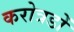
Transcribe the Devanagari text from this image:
करोत्रडों